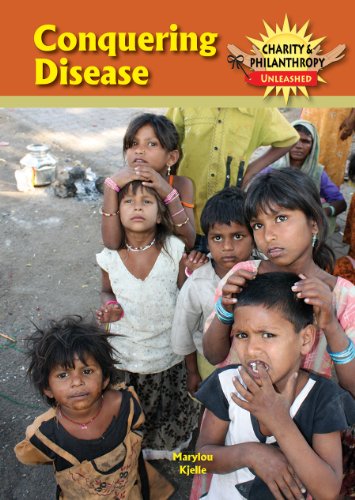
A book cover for Conquering Disease (Charity & Philanthropy Unleashed); Marylou Kjelle; Teen & Young Adult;